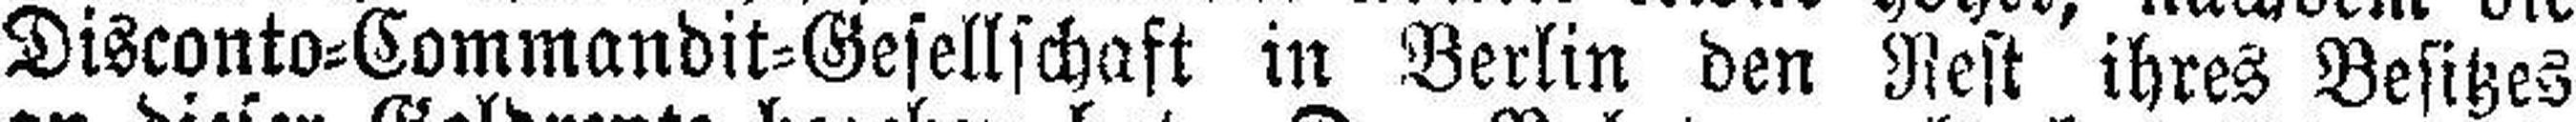
Disconto=Commandit=Gesellschaft in Berlin den Rest ihres Besitzes